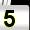
Digit: 5